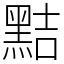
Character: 黠